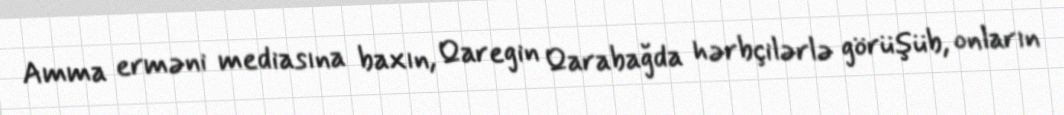
Amma erməni mediasına baxın, Qaregin Qarabağda hərbçilərlə görüşüb, onların